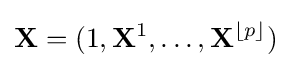
\mathbf {X} =(1,\mathbf {X} ^{1},\ldots ,\mathbf {X} ^{\lfloor p\rfloor })